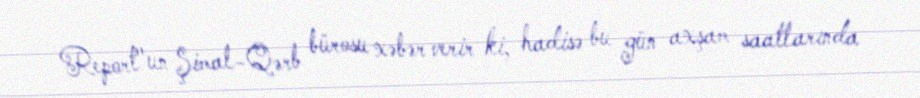
Report"un Şimal-Qərb bürosu xəbər verir ki, hadisə bu gün axşam saatlarında